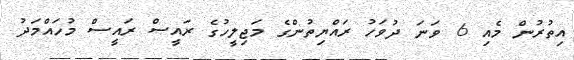
އިތުރުން މެއި 6 ވަނަ ދުވަހު ރައްޔިތުންގެ މަޖިލީހުގެ ރައީސް ރައީސް މުހައްމަދު